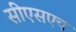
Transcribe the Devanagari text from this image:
सीएसएच